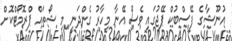
އުނޫޝާގެ ފޭސްބުކް ޕޭޖުގައި ވެސް އޭނާ މިހާރު ގެންދަނީ މި ޝޯތައް ޕްރޮމޯޓްކޮށް